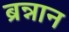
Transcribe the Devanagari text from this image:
ब्रन्नान